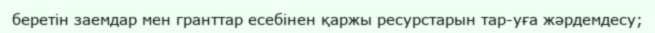
беретін заемдар мен гранттар есебінен қаржы ресурстарын тар-уға жәрдемдесу;